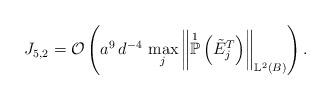
LaTeX: \begin{align*}J_{5,2} = \mathcal{O}\left( a^9 \, d^{-4} \, \max_{j} \left\Vert \overset{1}{\mathbb{P}}\left( \tilde{E}^{T}_j\right) \right\Vert_{\mathbb{L}^{2}(B)} \right).\end{align*}